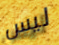
ليس